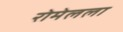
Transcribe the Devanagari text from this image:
रोमेलला